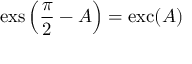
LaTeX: \operatorname { e x s } \left( { \frac { \pi } { 2 } } - A \right) = \operatorname { e x c } ( A )